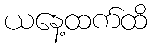
ယနေ့ထက်ထိ